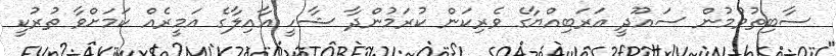
ސާބިތުވުމުން ސައޫދީ އަރަބިއްޔާގެ ވެރިކަން ކުރަމުންދާ ޝާހީ އާއިލާގެ އަމީރެއް ކަމަށްވާ ތުރުކީ